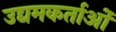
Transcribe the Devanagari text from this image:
उद्यमकर्ताओं